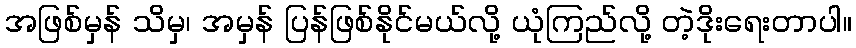
အဖြစ်မှန် သိမှ၊ အမှန် ပြန်ဖြစ်နိုင်မယ်လို့ ယုံကြည်လို့ တဲ့ဒိုးရေးတာပါ။